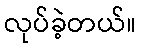
လုပ်ခဲ့တယ်။